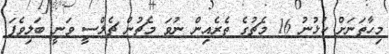
މިހާތަނަށް ކުޅުނު 16 މެޗުގެ ތެރެއިން ނުވަ މެޗުން ޗެލްސީ ވަނީ ބަލިވެފަ